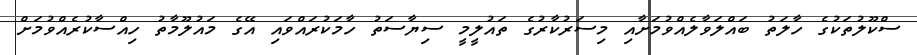
ސްކޫލުތަކުގެ ހާލަތު ބައްލަވާލެއްވުމަށާއި މިސަރުކާރުގެ ތައުލީމީ ސިޔާސަތު ހާމަކުރައްވައި އޭގެ މައުލޫމާތު ހިއްސާކުރެއްވުމަށް